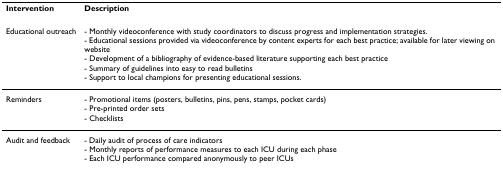
<table><thead><tr><td><b>Intervention</b></td><td><b>Description</b></td></tr></thead><tbody><tr><td>Educational outreach</td><td>- Monthly videoconference with study coordinators to discuss progress and implementation strategies.- Educational sessions provided via videoconference by content experts for each best practice; available for later viewing on website- Development of a bibliography of evidence-based literature supporting each best practice- Summary of guidelines into easy to read bulletins- Support to local champions for presenting educational sessions.</td></tr><tr><td>Reminders</td><td>- Promotional items (posters, bulletins, pins, pens, stamps, pocket cards)- Pre-printed order sets- Checklists</td></tr><tr><td>Audit and feedback</td><td>- Daily audit of process of care indicators- Monthly reports of performance measures to each ICU during each phase- Each ICU performance compared anonymously to peer ICUs</td></tr></tbody></table>